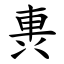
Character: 軣